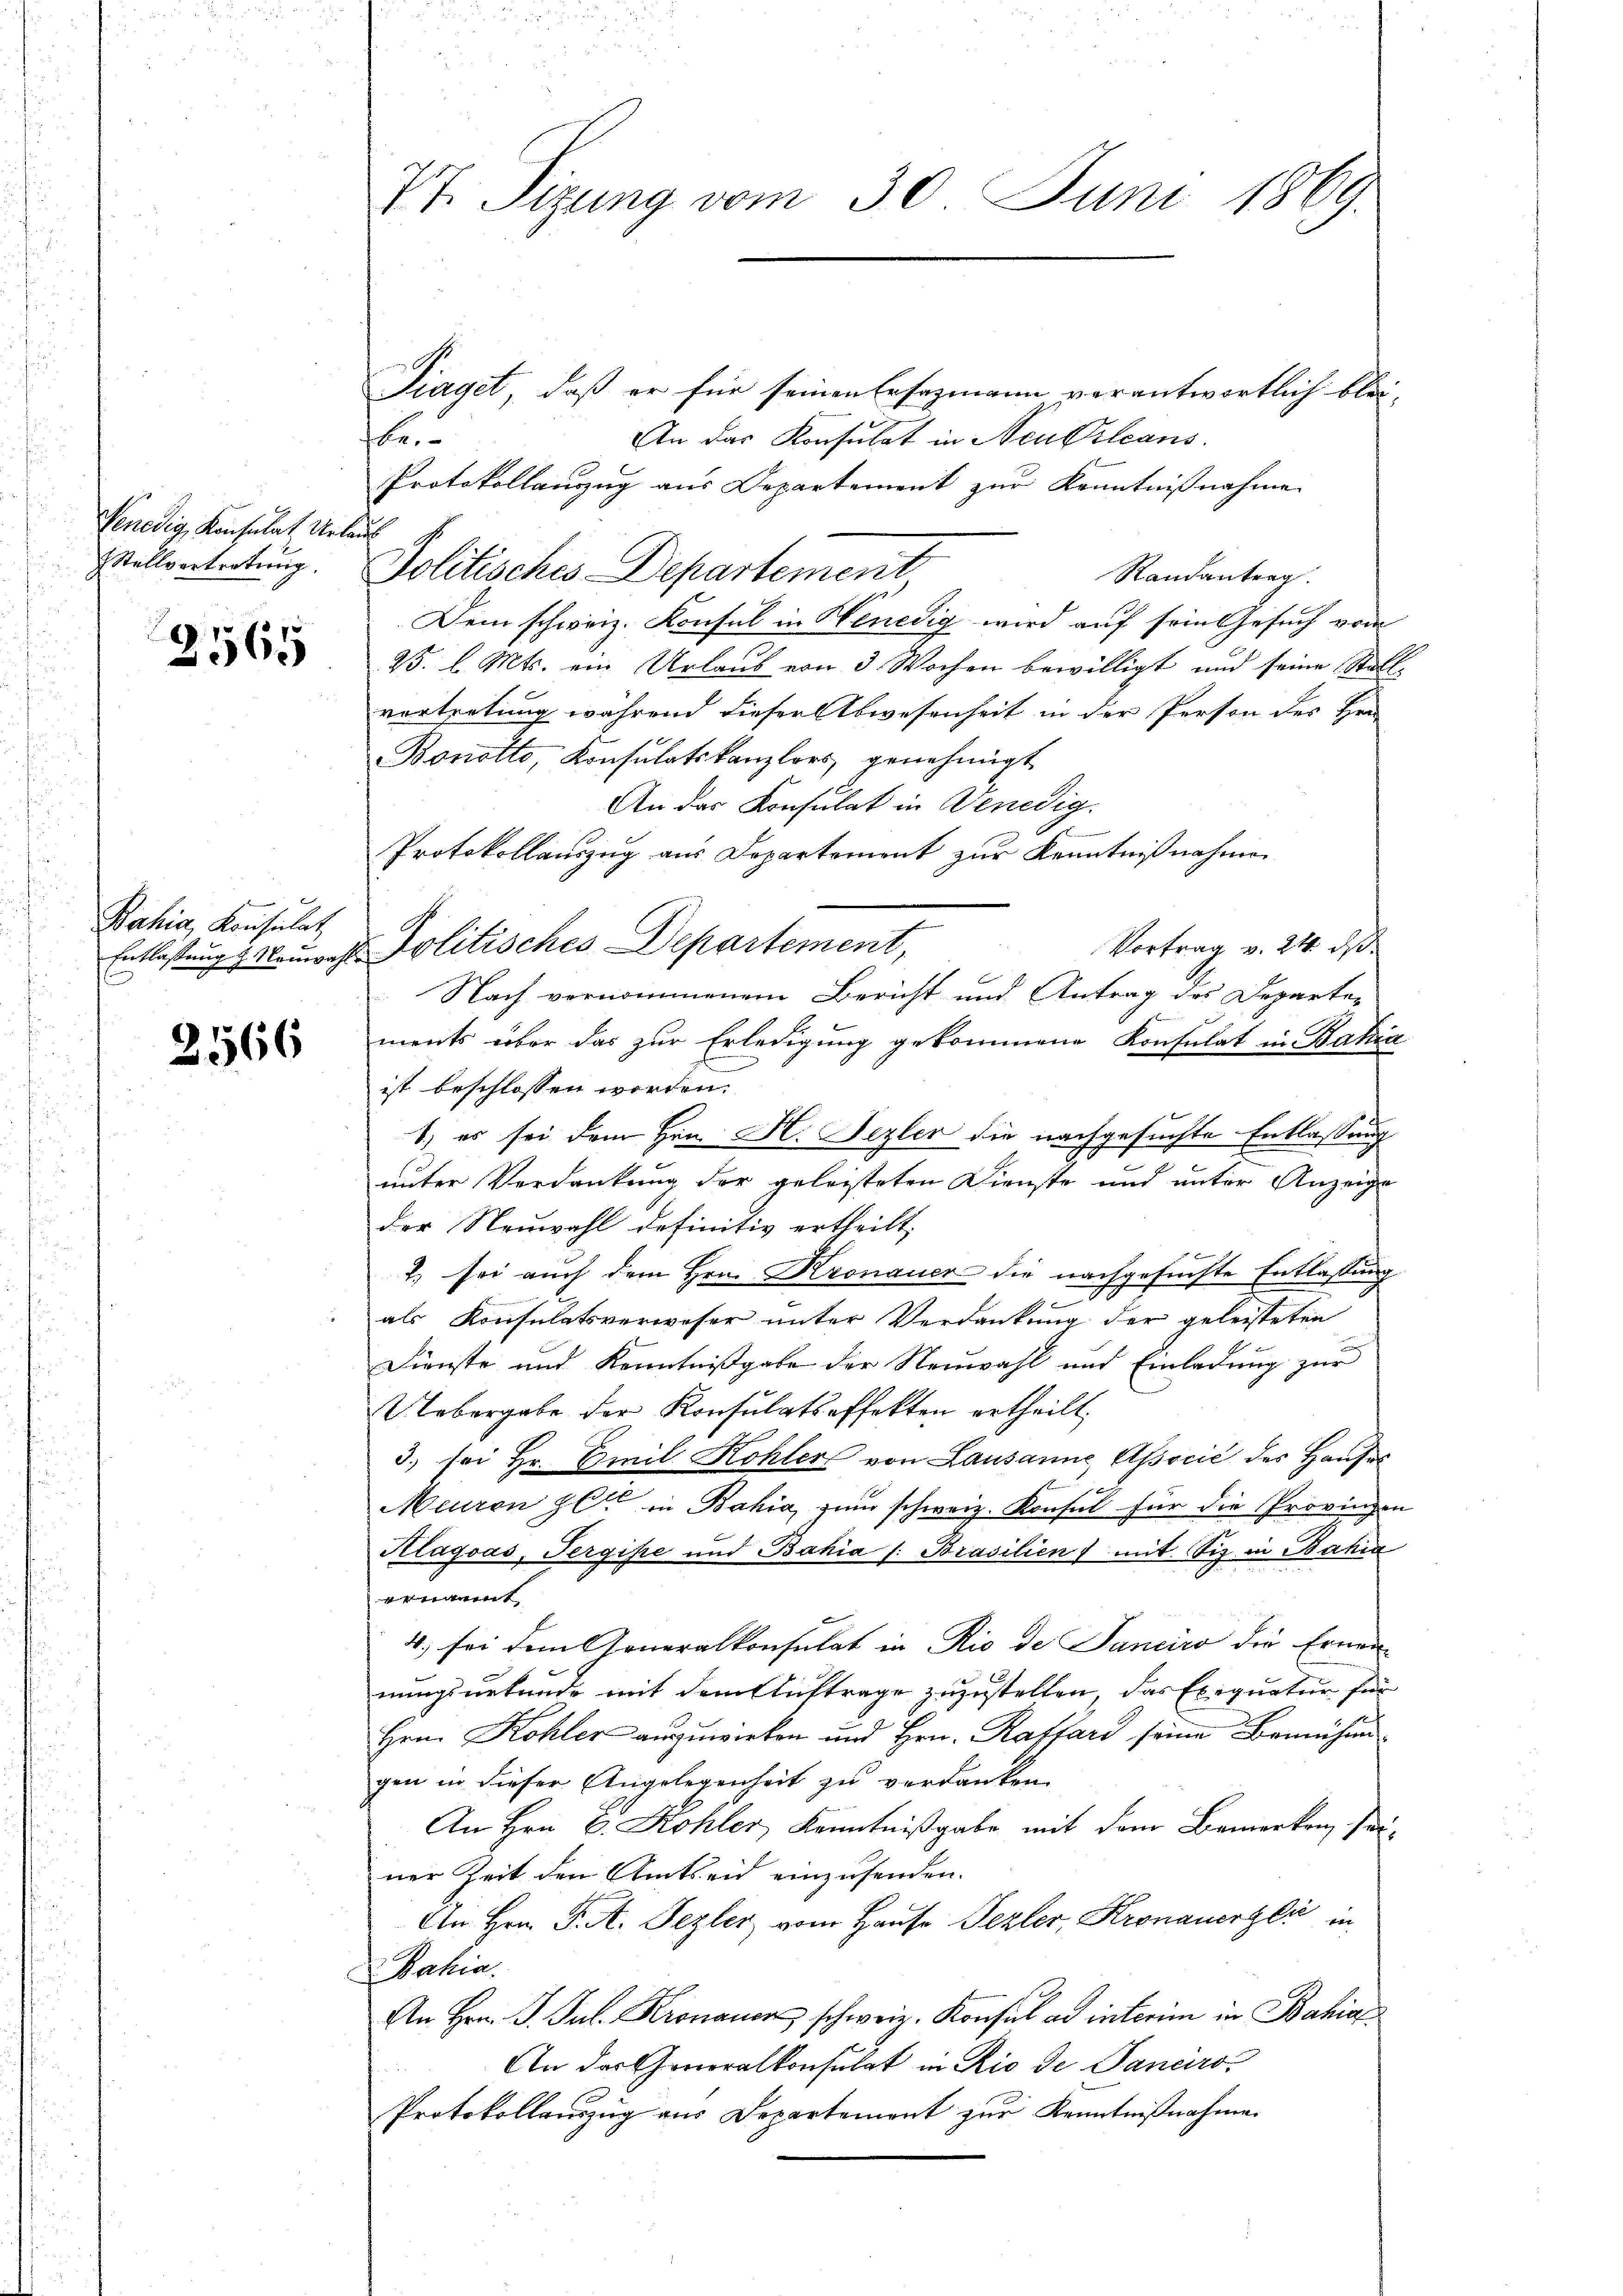
Venedig, Konsulat Urlaub
Stellvertretung.

2565

Bahia, Konsulat

2566

Piaget, daß er für seinen Ersazmann verantwortlich bleibe.
An das Konsulat in Neu Orleans
Protokollanzug aus Departement zur Kenntnißnahme
Politisches Departement
Randantrag.
Dem schweiz. Konsul in Henedig wird auf sein Gesuch vom
25. l. Mts. ein Urlaub von 3 Wochen bewilligt und seine Stall-
vortretung während dieser Abwesenheit in der Person des Her
Bonotto, Konsulatskanzlers, genehmigt
An das Konsulat in Venedig
Protokollauszug aus Departement zur Kenntnißnahme
Vortrag v. 24. ds.
Entlastungs Mannes Politisches Departement,
Nach vernommenem Bericht und Antrag des Departer
ments über das zur Erledigung gekommene Konsulat in Bahia
ist beschlossen worden.
1) es sei dem Hrn. H. Jezler die nachgesuchte Entlassung
unter Verdankung der geleisteten Dienste und unter Anzeige
der Neuwahl definitiv ertheilt,
7. sei auch dem Hrn. Kronauer die nachgesuchte Entlassung
e
als Konsulatsverweser unter Verdankung der geleisteten
Dienste und Kenntnißgabe der Neuwahl und Einladung zur
Uebergabe der Konsulatseffekten ertheilt,
3. sei Hr. Emil Kohler von Lausanne Associć des Haŭses
s
Meuren zu in Bahia, zum schweiz. Konsul für die Provinzen
Klagsas, Tergisse und Bahia /: Brasilien mit Siz in Bahia
ermit
4. sei dem Generalkonsulat in Rio de Sanciro die Ernen-
nungsnetende mit dem Auftrage zuzustellen, das Exequatur für
Hrn. Kohler auszuwirken und Hrn. Raffard seine Bemühun
gen in dieser Angelegenheit zu verdanken
An Hrn. B. Kohler, Kenntnißgabe mit dem Bemerken, seiner Zeit den Amtseid einzusenden.
An Hrn. F. A. Pezler vom Hause Pezler, Kronauerli in
Bahia.
An Hrn. J. Jul. Krona schweiz. Konsul ad interim in Bahia
An das Generalkonsulat in Rio de Janciro¬
Protokollauszug aus Departement zur Kenntnißnahme

Vt. Sizung vom 30. Juni 1869.

.